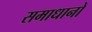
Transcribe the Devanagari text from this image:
समाधानो